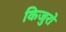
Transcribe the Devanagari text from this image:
किजुरो